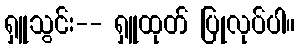
ရှူသွင်း-- ရှူထုတ် ပြုလုပ်ပါ။